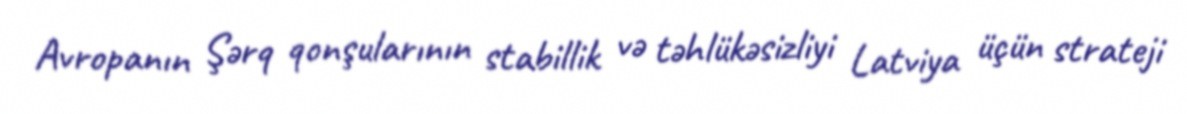
Avropanın Şərq qonşularının stabillik və təhlükəsizliyi Latviya üçün strateji